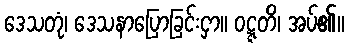
ဒေသတုံ၊ ဒေသနာပြောခြင်းငှာ။ ဝဋ္ဋတိ၊ အပ်၏။